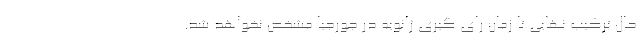
حال ترکیب نهایی تا زمان رای گیری ژانویه در جورجیا مشخص نخواهد شد.